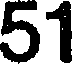
51